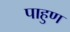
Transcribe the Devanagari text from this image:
पाहुण